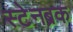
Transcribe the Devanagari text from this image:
स्टेनब्रक